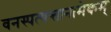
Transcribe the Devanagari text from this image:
वनस्पत्यन्तानामेकम्